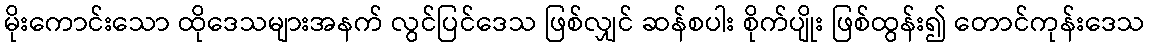
မိုးကောင်းသော ထိုဒေသများအနက် လွင်ပြင်ဒေသ ဖြစ်လျှင် ဆန်စပါး စိုက်ပျိုး ဖြစ်ထွန်း၍ တောင်ကုန်းဒေသ